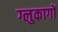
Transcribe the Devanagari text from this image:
ग्लुकागों